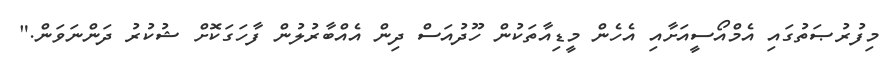
މިފުރުޞަތުގައި އެމްއޯސީއަށާއި އެހެން މީޑިއާތަކުން ހޫދުއަސް ދިން އެއްބާރުލުން ފާހަގަކޮށް ޝުކުރު ދަންނަވަން."